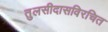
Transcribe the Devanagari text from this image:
तुलसीदासविरचित